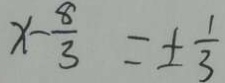
x - \frac { 8 } { 3 } = \pm \frac { 1 } { 3 }